Insane asylums in Bengal annual reports 1867-1875 - 1867-1875
Year: 1867
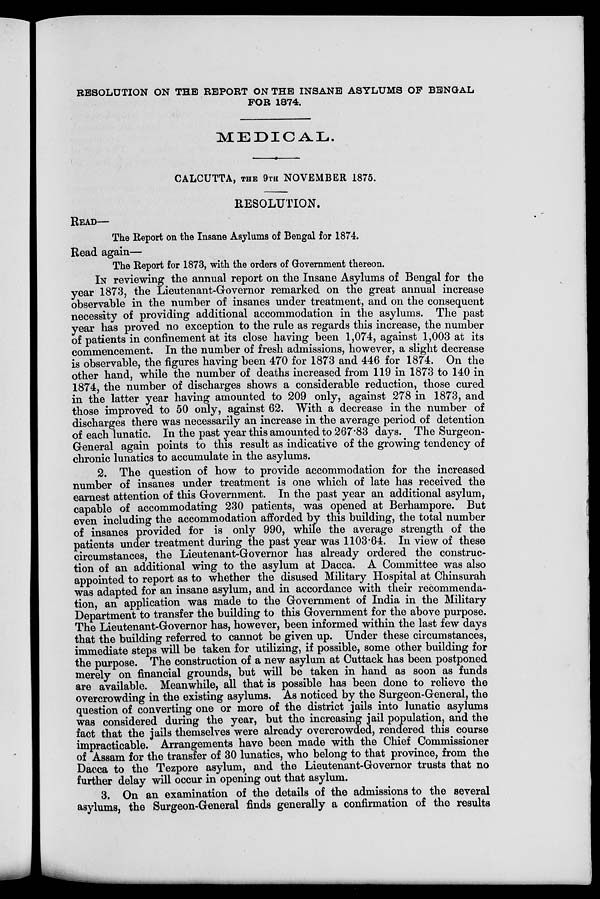
RESOLUTION ON THE REPORT ON THE INSANE ASYLUMS OF BENGAL
FOR 1874.
MEDICAL.
CALCUTTA, THE 9TH NOVEMBER 1875.
RESOLUTION.
READ—
The Report on the Insane Asylums of Bengal for 1874.
Read again—
The Report for 1873, with the orders of Government thereon.
IN reviewing the annual report on the Insane Asylums of Bengal for the
year 1873, the Lieutenant-Governor remarked on the great annual increase
observable in the number of insanes under treatment, and on the consequent
necessity of providing additional accommodation in the asylums. The past
year has proved no exception to the rule as regards this increase, the number
of patients in confinement at its close having been 1,074, against 1,003 at its
commencement. In the number of fresh admissions, however, a slight decrease
is observable, the figures having been 470 for 1873 and 446 for 1874. On the
other hand, while the number of deaths increased from 119 in 1873 to 140 in
1874, the number of discharges shows a considerable reduction, those cured
in the latter year having amounted to 209 only, against 278 in 1873, and
those improved to 50 only, against 62. With a decrease in the number of
discharges there was necessarily an increase in the average period of detention
of each lunatic. In the past year this amounted to 267.83 days. The Surgeon-
General again points to this result as indicative of the growing tendency of
chronic lunatics to accumulate in the asylums.
2. The question of how to provide accommodation for the increased
number of insanes under treatment is one which of late has received the
earnest attention of this Government. In the past year an additional asylum,
capable of accommodating 230 patients, was opened at Berhampore. But
even including the accommodation afforded by this building, the total number
of insanes provided for is only 990, while the average strength of the
patients under treatment during the past year was 1103.64. In view of these
circumstances, the Lieutenant-Governor has already ordered the construc-
tion of an additional wing to the asylum at Dacca. A Committee was also
appointed to report as to whether the disused Military Hospital at Chinsurah
was adapted for an insane asylum, and in accordance with their recommenda-
tion, an application was made to the Government of India in the Military
Department to transfer the building to this Government for the above purpose.
The Lieutenant-Governor has, however, been informed within the last few days
that the building referred to cannot be given up. Under these circumstances,
immediate steps will be taken for utilizing, if possible, some other building for
the purpose. The construction of a new asylum at Cuttack has been postponed
merely on financial grounds, but will be taken in hand as soon as funds
are available. Meanwhile, all that is possible has been done to relieve the
overcrowding in the existing asylums. As noticed by the Surgeon-General, the
question of converting one or more of the district jails into lunatic asylums
was considered during the year, but the increasing jail population, and the
fact that the jails themselves were already overcrowded, rendered this course
impracticable. Arrangements have been made with the Chief Commissioner
of Assam for the transfer of 30 lunatics, who belong to that province, from the
Dacca to the Tezpore asylum, and the Lieutenant-Governor trusts that no
further delay will occur in opening out that asylum.
3. On an examination of the details of the admissions to the several
asylums, the Surgeon-General finds generally a confirmation of the results